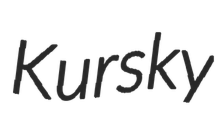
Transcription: Kursky